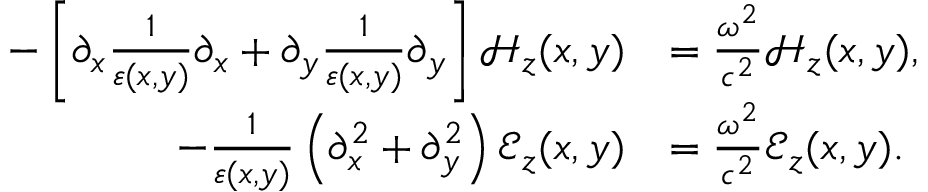
\begin{array} { r l } { - \left[ \partial _ { x } \frac { 1 } { \varepsilon ( x , y ) } \partial _ { x } + \partial _ { y } \frac { 1 } { \varepsilon ( x , y ) } \partial _ { y } \right] \mathcal { H } _ { z } ( x , y ) } & { = \frac { \omega ^ { 2 } } { c ^ { 2 } } \mathcal { H } _ { z } ( x , y ) , } \\ { - \frac { 1 } { \varepsilon ( x , y ) } \left( \partial _ { x } ^ { 2 } + \partial _ { y } ^ { 2 } \right) \mathcal { E } _ { z } ( x , y ) } & { = \frac { \omega ^ { 2 } } { c ^ { 2 } } \mathcal { E } _ { z } ( x , y ) . } \end{array}